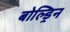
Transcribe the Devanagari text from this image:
बोल्ड्रिन